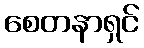
စေတနာရှင်